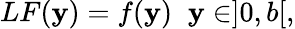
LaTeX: LF(\mathbf{y})=f(\mathbf{y})\; \; \mathbf{y}\in]0,b[,